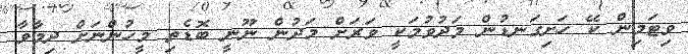
ވިޓަމިން ކޭ ހަށިގަނޑުން މަދުވުމަކީ ވަރަށް މަދުން ނޫނީ ބޮޑެތި މީހުންނަށް ދިމާވާ